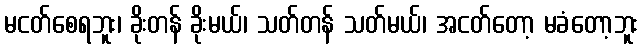
မငတ်စေရဘူး၊ ခိုးတန် ခိုးမယ်၊ သတ်တန် သတ်မယ်၊ အငတ်တော့ မခံတော့ဘူး